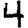
Digit: 4